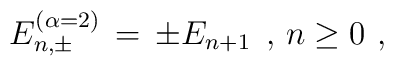
E^{(\alpha=2)}_{n,\pm} \, = \, \pm E_{n+1} \; \, ,  \, n \geq 0 \, \, ,